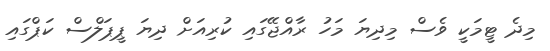
މިދެ ޓީމަކީ ވެސް މިދިޔަ މަހު ރާއްޖޭގައި ކުރިއަށް ދިޔަ ޕީޕަލްސް ކަޕްގައި